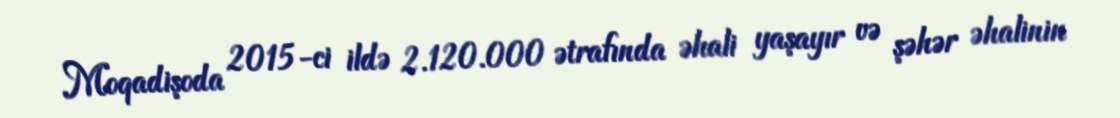
Moqadişoda 2015-ci ildə 2.120.000 ətrafında əhali yaşayır və şəhər əhalinin